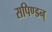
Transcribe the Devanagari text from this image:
सपिण्डन्